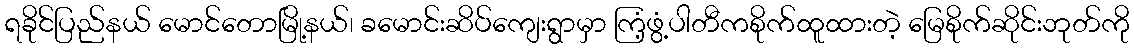
ရခိုင်ပြည်နယ် မောင်တောမြို့နယ်၊ ခမောင်းဆိပ်ကျေးရွာမှာ ကြံ့ဖွံ့ပါတီကစိုက်ထူထားတဲ့ မြေစိုက်ဆိုင်းဘုတ်ကို